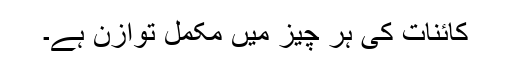
کائنات کی ہر چیز میں مکمل توازن ہے۔